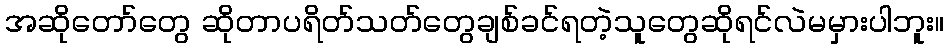
အဆိုတော်တွေ ဆိုတာပရိတ်သတ်တွေချစ်ခင်ရတဲ့သူတွေဆိုရင်လဲမမှားပါဘူး။